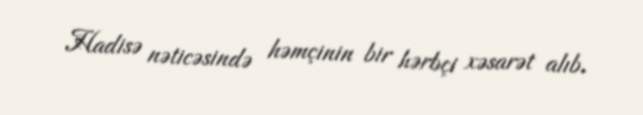
Hadisə nəticəsində həmçinin bir hərbçi xəsarət alıb.